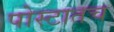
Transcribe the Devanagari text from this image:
पोस्टातच